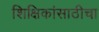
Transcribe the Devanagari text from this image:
शिक्षिकांसाठीचा